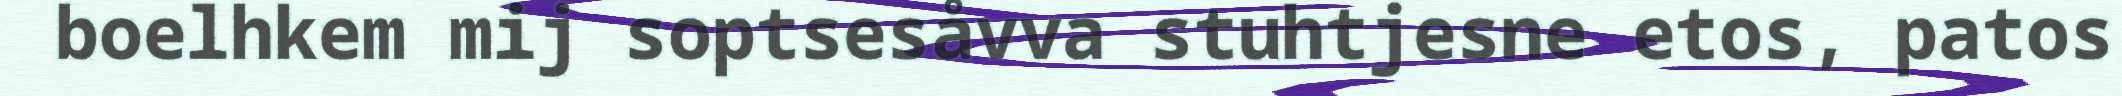
boelhkem mij soptsesåvva stuhtjesne etos, patos